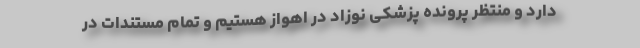
دارد و منتظر پرونده پزشکی نوزاد در اهواز هستیم و تمام مستندات در